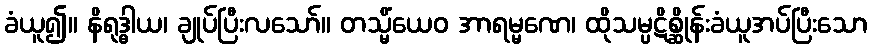
ခံယူ၍။ နိရုဒ္ဓါယ၊ ချုပ်ပြီးလသော်။ တသ္မိံယေဝ အာရမ္မဏေ၊ ထိုသမ္ပဋိစ္ဆိုန်းခံယူအပ်ပြီးသော